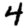
Digit: 4